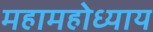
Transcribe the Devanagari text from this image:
महामहोध्याय